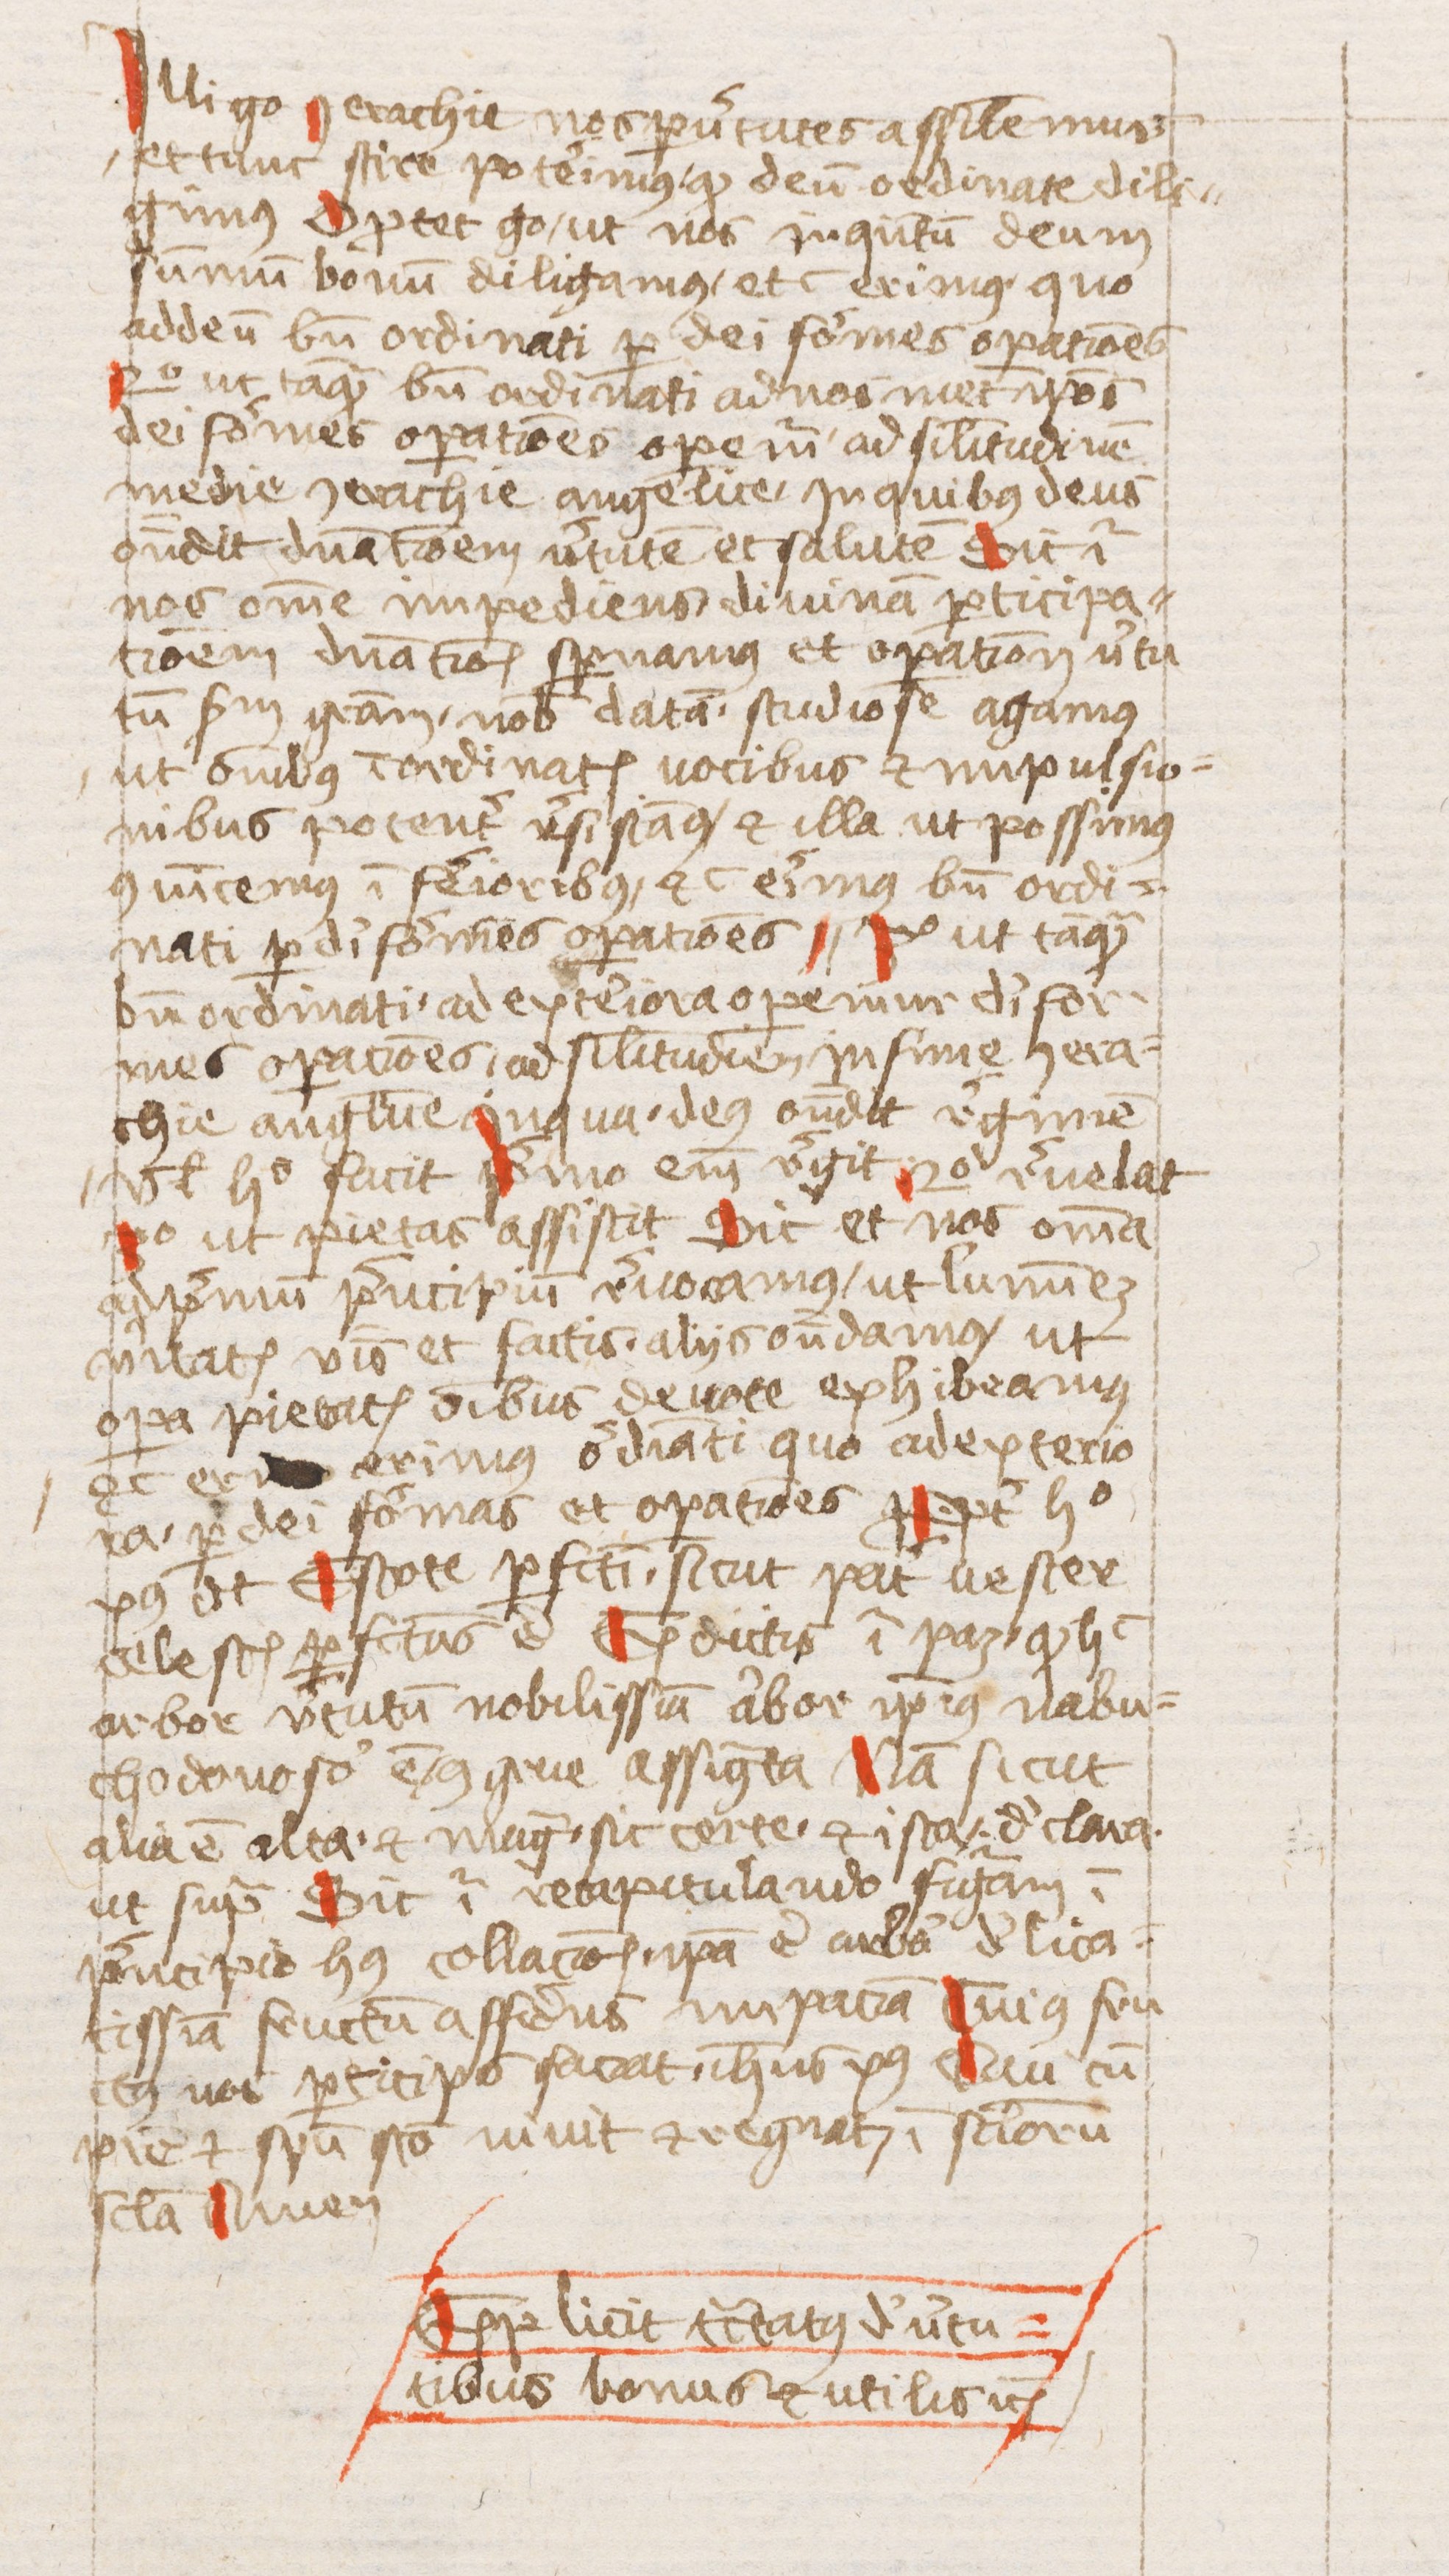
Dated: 1440–1470